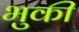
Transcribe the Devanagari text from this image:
भुकी